Civil Veterinary Department. Central Provinces & Berar 1932-41 - 1932-1941
Year: 1932
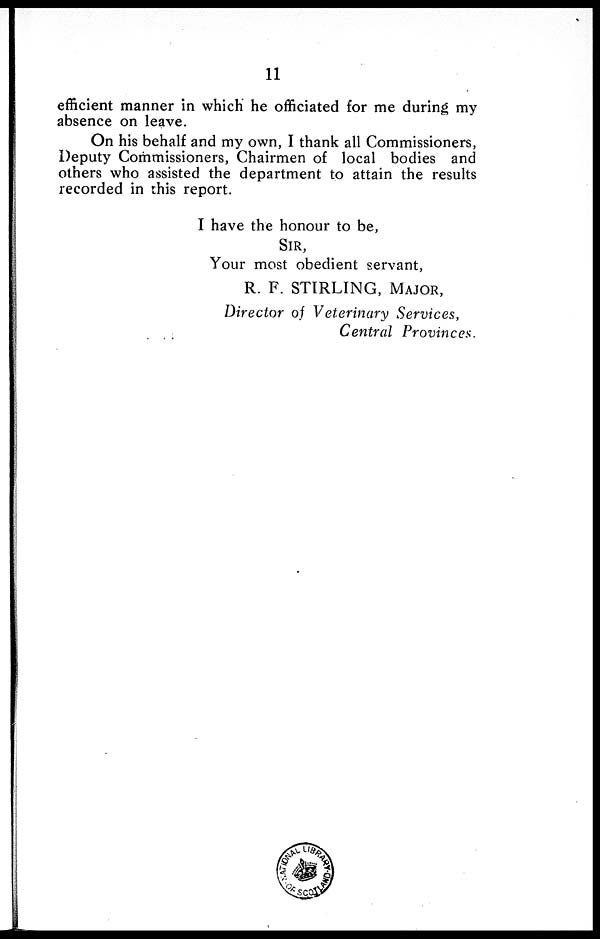
11
efficient manner in which he officiated for me during my
absence on leave.
On his behalf and my own, I thank all Commissioners,
Deputy Commissioners, Chairmen of local bodies and
others who assisted the department to attain the results
recorded in this report.
I have the honour to be,
SIR,
Your most obedient servant,
R. F. STIRLING, MAJOR,
Director of Veterinary Services,
Central Provinces.